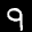
Label: 9